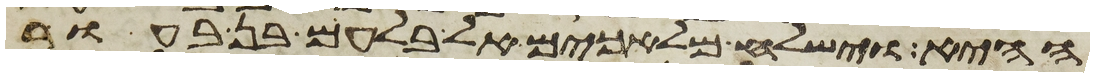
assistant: ההיא וישלח מלאכים אל בלעם בן בעור